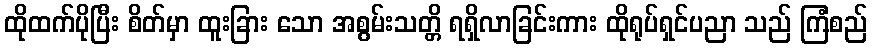
ထိုထက်ပိုပြီး စိတ်မှာ ထူးခြား သော အစွမ်းသတ္တိ ရရှိလာခြင်းကား ထိုရုပ်ရှင်ပညာ သည် ကြံစည်